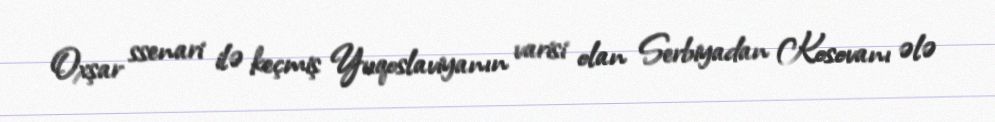
Oxşar ssenari ilə keçmiş Yuqoslaviyanın varisi olan Serbiyadan Kosovanı ələ